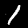
Label: 1